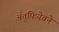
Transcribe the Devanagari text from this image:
अँतुफियेवने